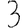
Digit: 3